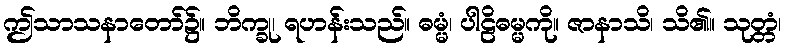
ဤသာသနာတော်၌။ ဘိက္ခု၊ ရဟန်းသည်။ ဓမ္မံ၊ ပါဠိဓမ္မကို။ ဇာနာသိ၊ သိ၏။ သုတ္တံ၊